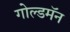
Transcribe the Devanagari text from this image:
गोल्डमॅन